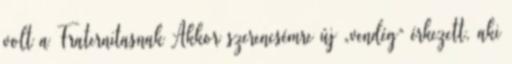
volt a Fraternitasnak Akkor szerencsémre új „vendég” érkezett, aki